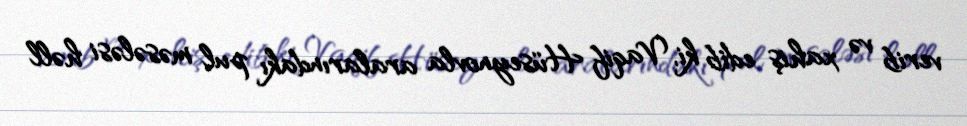
verib və xahiş edib ki, Vaqif Hüseynovla aralarındakı pul məsələsi həll